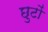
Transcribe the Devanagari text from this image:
छुटों